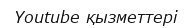
Youtube қызметтері